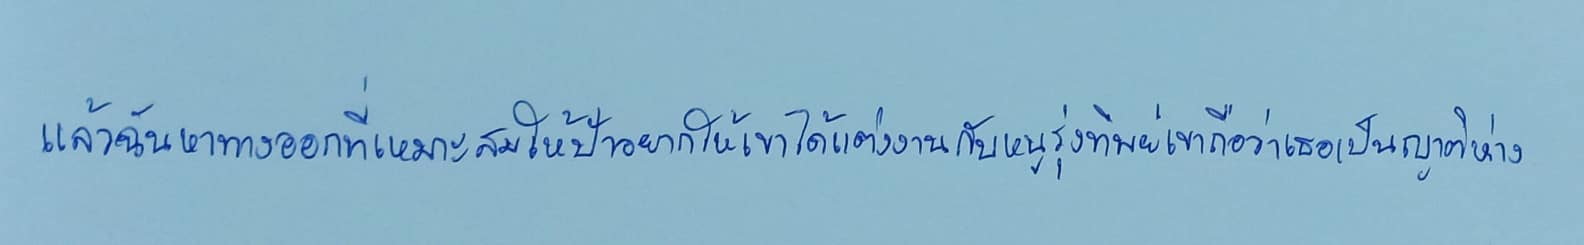
แล้วฉันหาทางออกที่เหมาะสมให้ป้าอยากให้เขาได้แต่งงานกับหนูรุ่งทิพย์เขาถือว่าเธอเป็นญาติห่าง